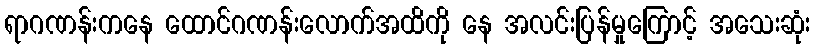
ရာဂဏန်းကနေ ထောင်ဂဏန်းလောက်အထိကို နေ အလင်းပြန်မှုကြောင့် အသေးဆုံး